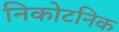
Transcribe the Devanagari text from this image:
निकोटनिक